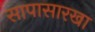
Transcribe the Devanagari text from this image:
सापासारखा